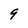
Character: 9